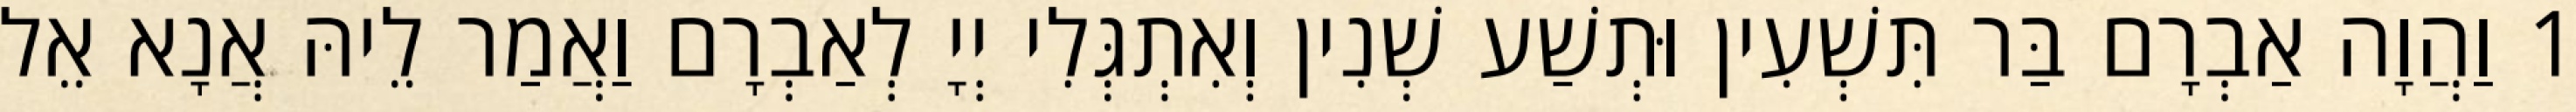
1 וַהֲוָה אַבְרָם בַּר תִּשְׁעִין וּתְשַׁע שְׁנִין וְאִתְגְּלִי יְיָ לְאַבְרָם וַאֲמַר לֵיהּ אֲנָא אֵל